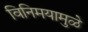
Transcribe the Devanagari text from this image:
विनिमयामुळे